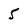
Character: 5